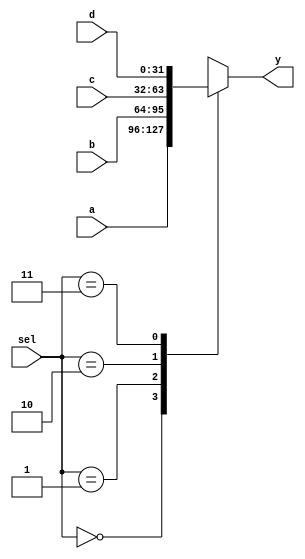
module mux4 #(parameter WIDTH = 32) (
        input  wire       [1:0]  sel,
        input  wire [WIDTH-1:0] a,
        input  wire [WIDTH-1:0] b, 
        input  wire [WIDTH-1:0] c,
        input  wire [WIDTH-1:0] d,
        output reg [WIDTH-1:0] y
    );
    
    always@(*) begin
        case(sel)
            'b00: y = a;
            'b01: y = b;
            'b10: y = c;
            'b11: y = d;
            default: y = a;
        endcase
    end
endmodule